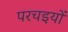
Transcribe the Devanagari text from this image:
परचइयों